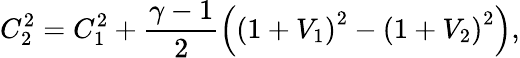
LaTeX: C_{2}^{2}=C_{1}^{2}+\frac{\gamma-1}{2}\left(\left(1+V_{1}\right)^{2}-\left(1+V_{2}\right)^{2}\right),